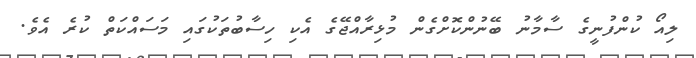
ލިއޯ ކުންފުނީގެ ސާމާނު ބޭނުންކޮށްގެން މުޅިރާއްޖޭގެ އެކި ހިސާބުތަކުގައި މަސައްކަތް ކުރެ އެވެ.